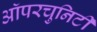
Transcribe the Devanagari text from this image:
ऑपरचुनिटी